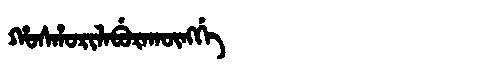
Manchu: ᡥᠣᠰᡥᠣᡵᡳᠯᠠᠪᡠᡵᠠᡴᡡᠩᡤᡝ
Romanization: HOSHORILABURAKŪNGGE